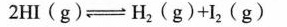
2HI(g)\rightleftharpoons H_{2}(g)+I_{2}(g)